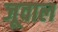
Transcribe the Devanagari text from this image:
जूवाल